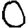
Digit: 0